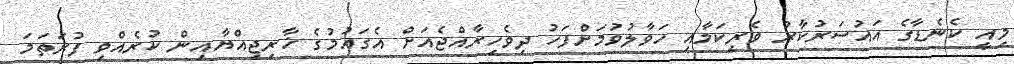
މިއީ ކެނެޑާގެ އައުސަރުކާރު ވެރިކަމާއި ހަވާލުވުމަށްފަހު ދިވެހިރާއްޖެއަށް އެގައުމުގެ ޚާރިޖިއްޔާއިން ކުރެއްވި ފުރަތަމަ